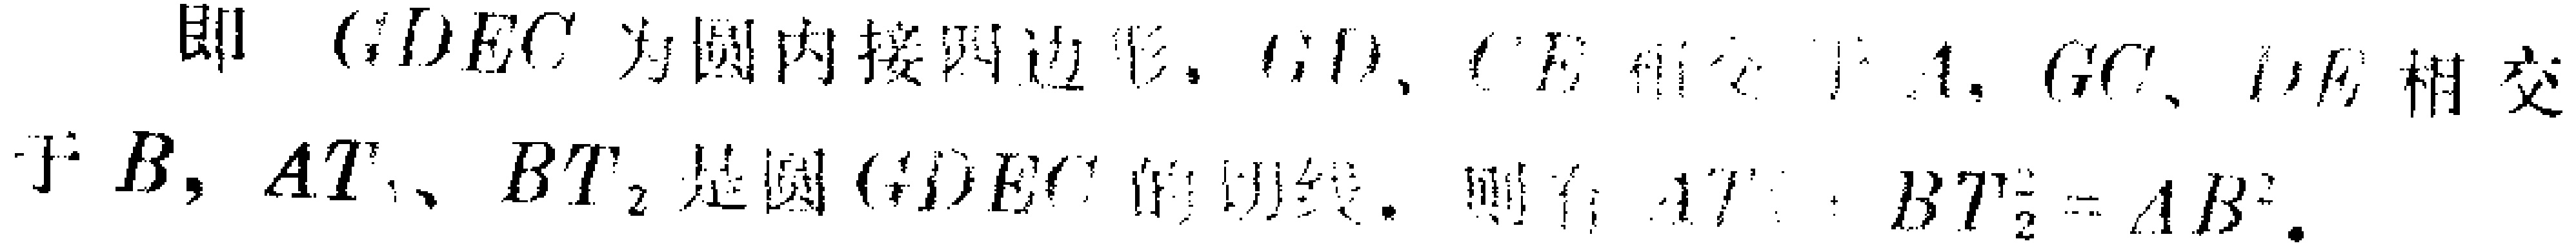
即 $GDEC$ 为圆内接四边形，$GD$、$CE$ 相交于 $A$，$GC$、$DE$ 相交于 $B$，$AT_1$、$BT_2$ 是圆 $GDEC$ 的切线，则 $AT_1^{2}+BT_2^{2}=AB^{2}$.